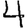
Digit: 4